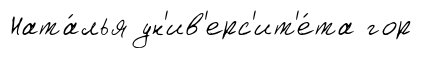
Ната́лья ун'ив'ерс'ит'е́та гор